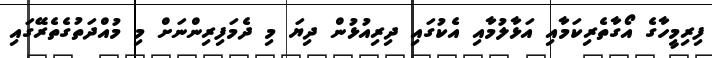
ފިރިމީހާގެ އޯގާތެރިކަމާއި އަޅާލުމާއި އެކުގައި ދިރިއުޅުން ދިޔަ މި ދެމަފިރިންނަށް މި މުއްދަތުގެތެރޭގައި